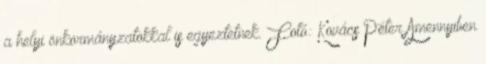
a helyi önkormányzatokkal is egyeztetnek. Fotó: Kovács Péter Amennyiben